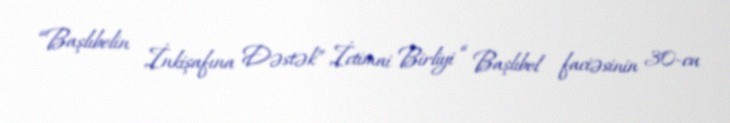
“Başlıbelin İnkişafına Dəstək” İctimai Birliyi “ Başlıbel faciəsinin 30-cu